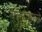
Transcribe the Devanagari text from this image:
राजगडाचे